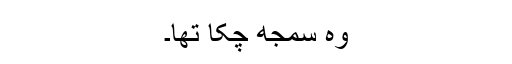
وہ سمجھ چکا تھا۔